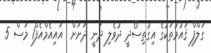
ގަލްފް ޤައުމުތަކުގެ އިގުތިސޯދީ ދުވެލި ދަނީ ދަށަށް  އައިއެމްއެފް1 މަސް 5